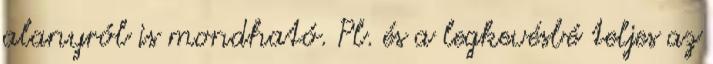
alanyról is mondható. Pl. és a legkevésbé teljes az